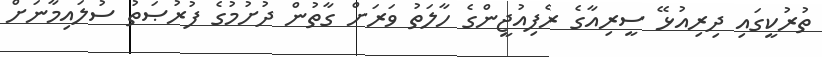
ތުރުކީގައި ދިރިއުޅޭ ސީރިއާގެ ރެފިއުޖީންގެ ހާލަތު ވަރަށް ގާތުން ދުށުމުގެ ފުރުޞަތު ސުލައިމާނަށް